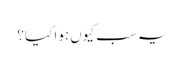
یہ سب کیوں ہوا کیا؟